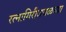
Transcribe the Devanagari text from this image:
रत्‍नागिरीजवळच्या